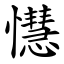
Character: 懳